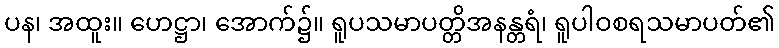
ပန၊ အထူး။ ဟေဋ္ဌာ၊ အောက်၌။ ရူပသမာပတ္တိအနန္တရံ၊ ရူပါဝစရသမာပတ်၏